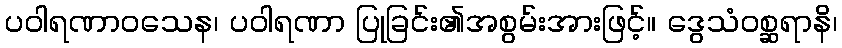
ပဝါရဏာဝသေန၊ ပဝါရဏာ ပြုခြင်း၏အစွမ်းအားဖြင့်။ ဒွေသံဝစ္ဆရာနိ၊